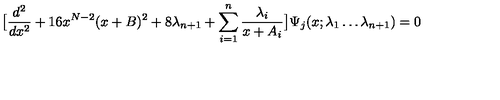
\big [ { \frac { d ^ { 2 } } { d x ^ { 2 } } } + 1 6 x ^ { N - 2 } ( x + B ) ^ { 2 } + 8 \lambda _ { n + 1 } + \sum _ { i = 1 } ^ { n } { \frac { \lambda _ { i } } { x + A _ { i } } } \big ] \Psi _ { j } ( x ; \lambda _ { 1 } \ldots \lambda _ { n + 1 } ) = 0